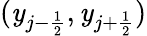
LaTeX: (\mathit{y}_{j-\frac{{1}}{{2}}},\mathit{y}_{j+\frac{{1}}{{2}}})